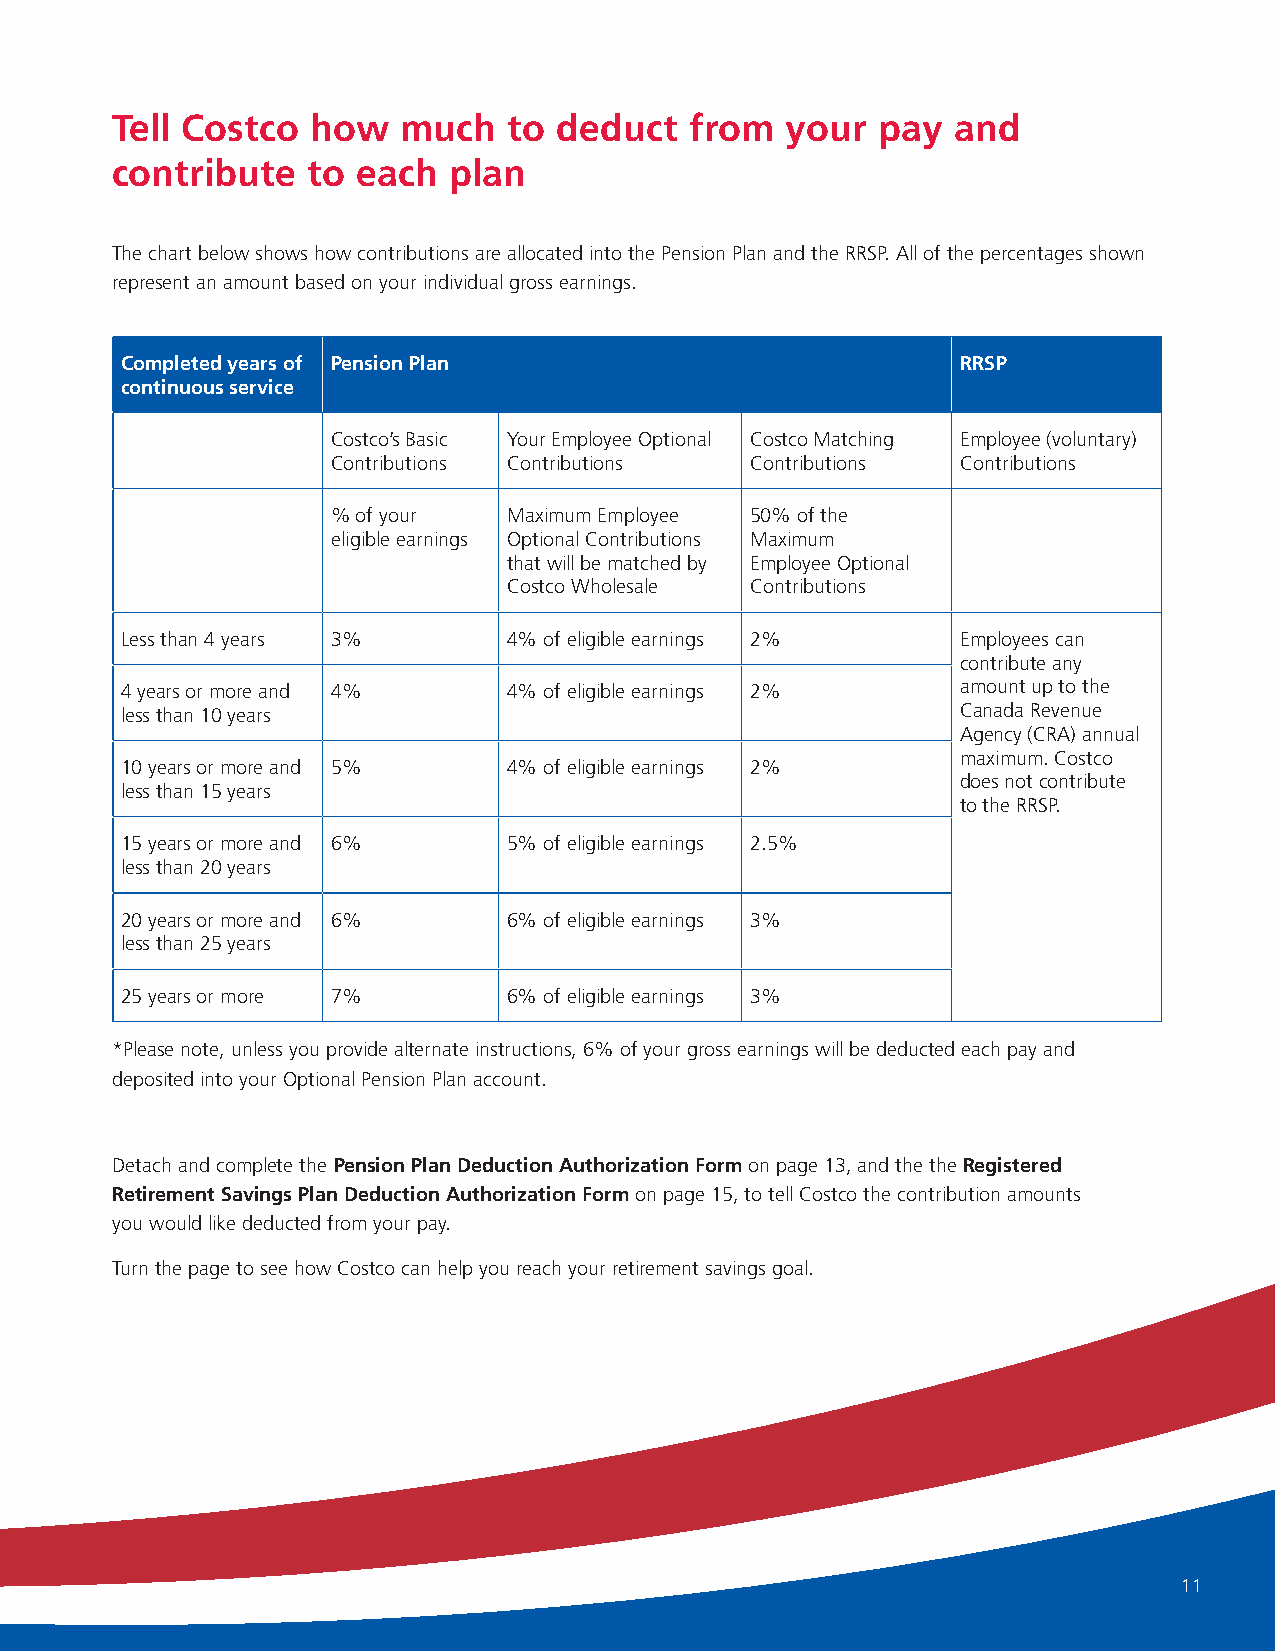
Tell Costco   how   much   to deduct   from  your  pay  and
 contribute   to  each  plan
 The chart below shows how contributions are allocated into the Pension Plan and the RRSP. All of the percentages shown
 represent an amount based on your individual gross earnings.
 Completed years of Pension Plan                         RRSP
 continuous service
 Costco’s Basic Your Employee Optional Costco Matching Employee (voluntary)
 Contributions Contributions Contributions Contributions
 % of your   Maximum Employee 50% of the
 eligible earnings Optional Contributions Maximum
 that will be matched by Employee Optional
 Costco Wholesale Contributions
 Less than 4 years 3%      4% of eligible earnings 2%    Employees can
 contribute any
 4 years or more and 4%    4% of eligible earnings 2%    amount up to the
 less than 10 years                                      Canada Revenue
 Agency (CRA) annual
 maximum. Costco
 10 years or more and 5%   4% of eligible earnings 2%
 does not contribute
 less than 15 years
 to the RRSP.
 15 years or more and 6%   5% of eligible earnings 2.5%
 less than 20 years
 20 years or more and 6%   6% of eligible earnings 3%
 less than 25 years
 25 years or more 7%       6% of eligible earnings 3%
 *Please note, unless you provide alternate instructions, 6% of your gross earnings will be deducted each pay and
 deposited into your Optional Pension Plan account.
 Detach and complete the Pension Plan Deduction Authorization Form on page 13, and the the Registered
 Retirement Savings Plan Deduction Authorization Form on page 15, to tell Costco the contribution amounts
 you would like deducted from your pay.
 Turn the page to see how Costco can help you reach your retirement savings goal.
 11